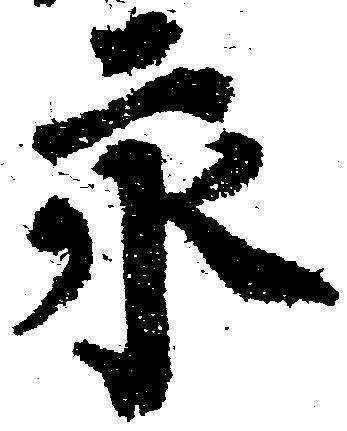
永